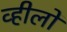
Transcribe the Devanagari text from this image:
व्हीलों